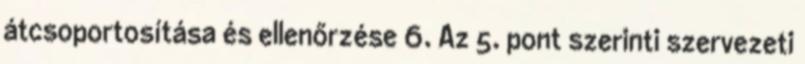
átcsoportosítása és ellenőrzése 6. Az 5. pont szerinti szervezeti